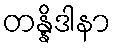
တန္နိဒါနာ